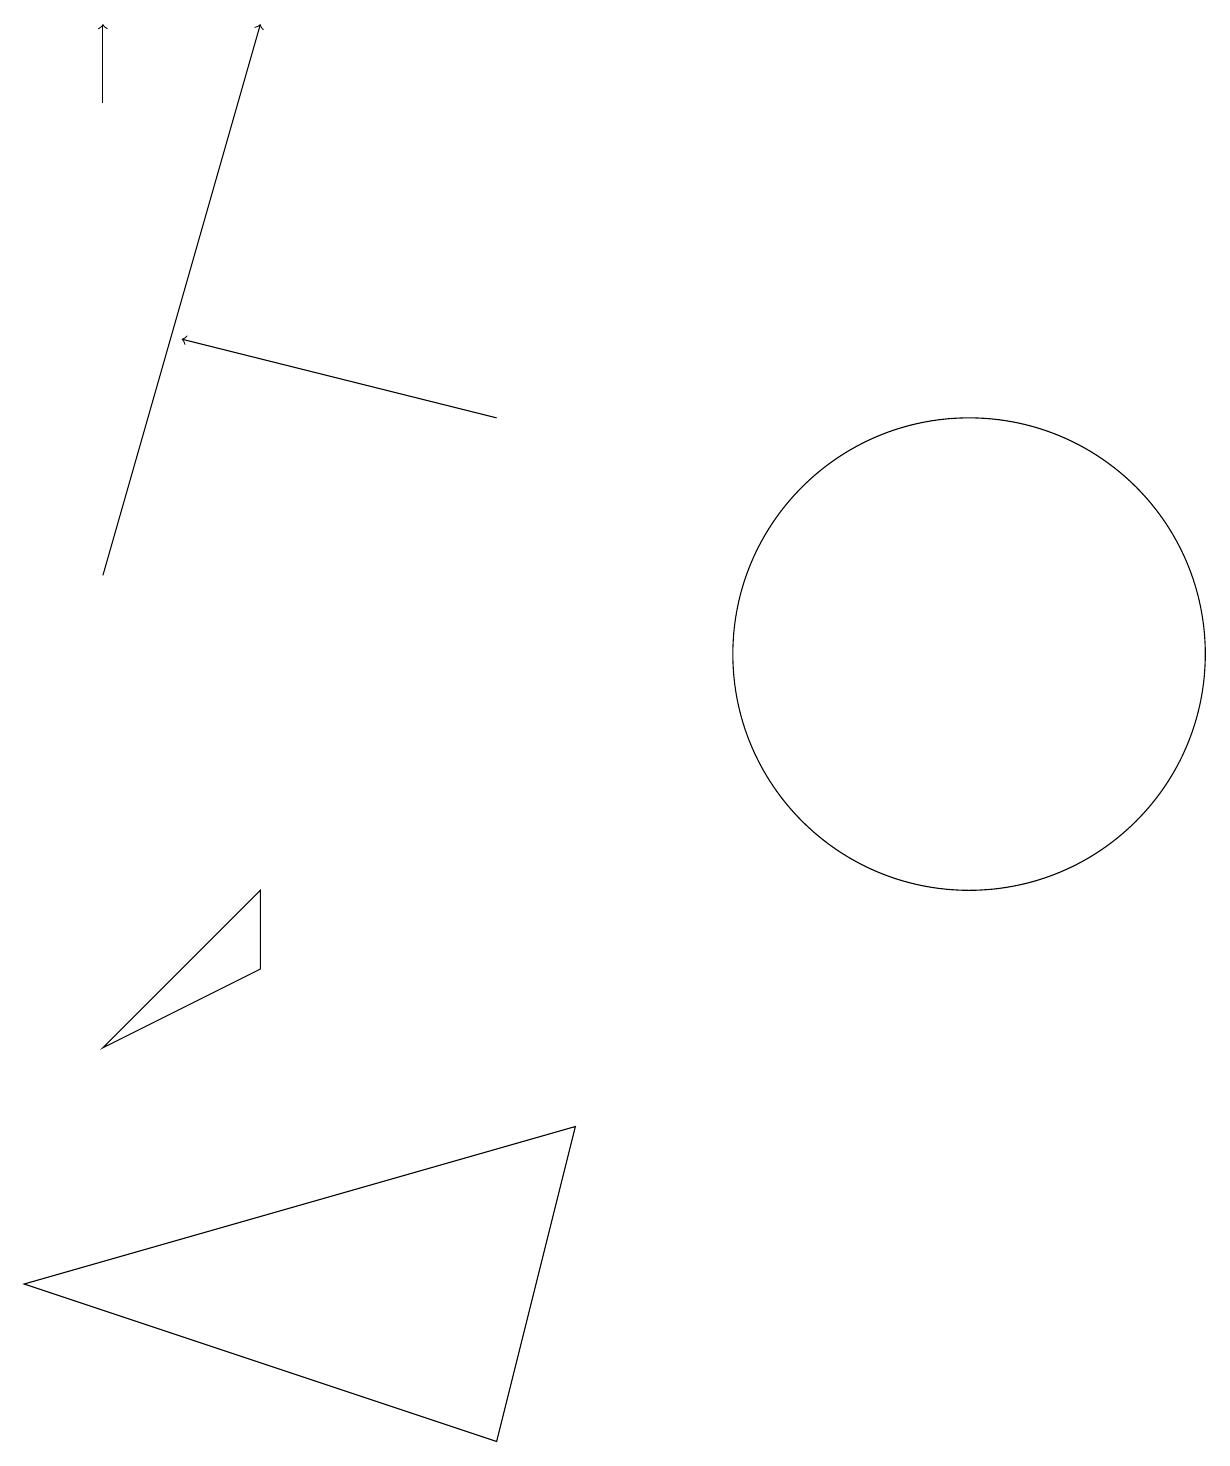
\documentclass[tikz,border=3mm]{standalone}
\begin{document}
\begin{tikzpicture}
\draw[->] (1,17) -- (1,18);
\draw (7,4) -- (0,2) -- (6,0) -- cycle;
\draw[->] (6,13) -- (2,14);
\draw[->] (1,11) -- (3,18);
\draw (1,5) -- (3,6) -- (3,7) -- cycle;
\draw (12,10) circle (3);
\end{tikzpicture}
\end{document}